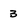
Character: 3